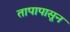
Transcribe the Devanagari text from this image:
तापापासून